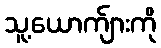
သူ့ယောက်ျားကို